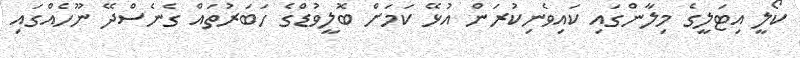
ކޯލީ އިޓަލީގެ މިލާންގައި ކައިވެނިކުރަން އުޅޭ ކަމަށް ބޮލީވުޑްގެ ހަބަރުތައް ގެނެސްދޭ ނޫހެއްގައި